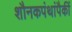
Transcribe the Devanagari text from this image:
शौनकपंथांपैकीं